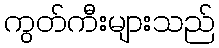
ကွတ်ကီးများသည်